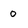
Character: 0